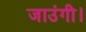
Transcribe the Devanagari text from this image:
जाउंगी।